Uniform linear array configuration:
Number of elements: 64
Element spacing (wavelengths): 1
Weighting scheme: hamming
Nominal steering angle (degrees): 15
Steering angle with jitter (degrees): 16.703
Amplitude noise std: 0.05
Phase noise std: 0.05

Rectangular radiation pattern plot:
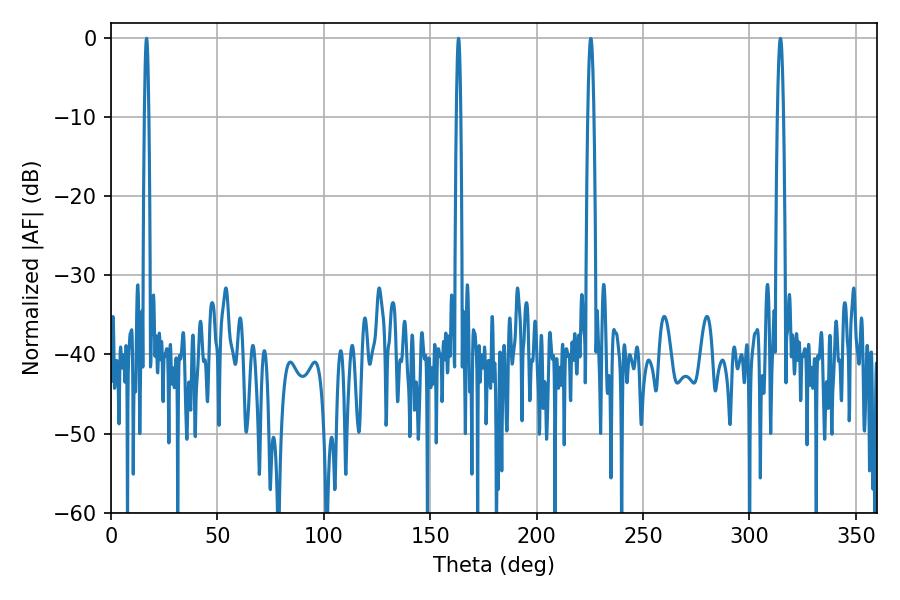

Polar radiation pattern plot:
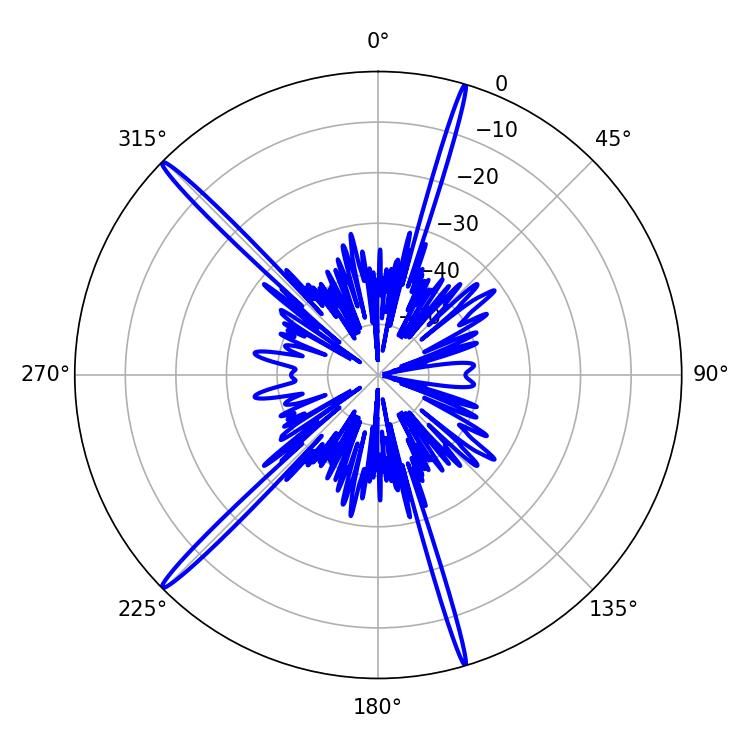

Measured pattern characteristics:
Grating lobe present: TRUE
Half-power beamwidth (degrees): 1.08
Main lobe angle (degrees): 16.74